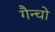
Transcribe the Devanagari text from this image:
गैन्चो